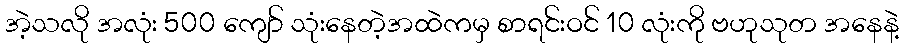
အဲ့သလို အလုံး 500 ကျော် သုံးနေတဲ့အထဲကမှ စာရင်းဝင် 10 လုံးကို ဗဟုသုတ အနေနဲ့